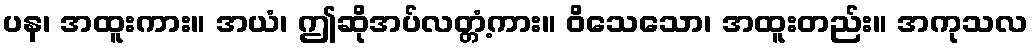
ပန၊ အထူးကား။ အယံ၊ ဤဆိုအပ်လတ္တံ့ကား။ ဝိသေသော၊ အထူးတည်း။ အကုသလ